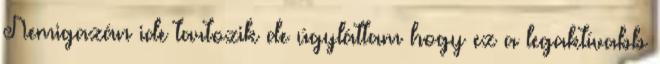
Nemigazán ide tartozik de úgyláttam hogy ez a legaktívabb